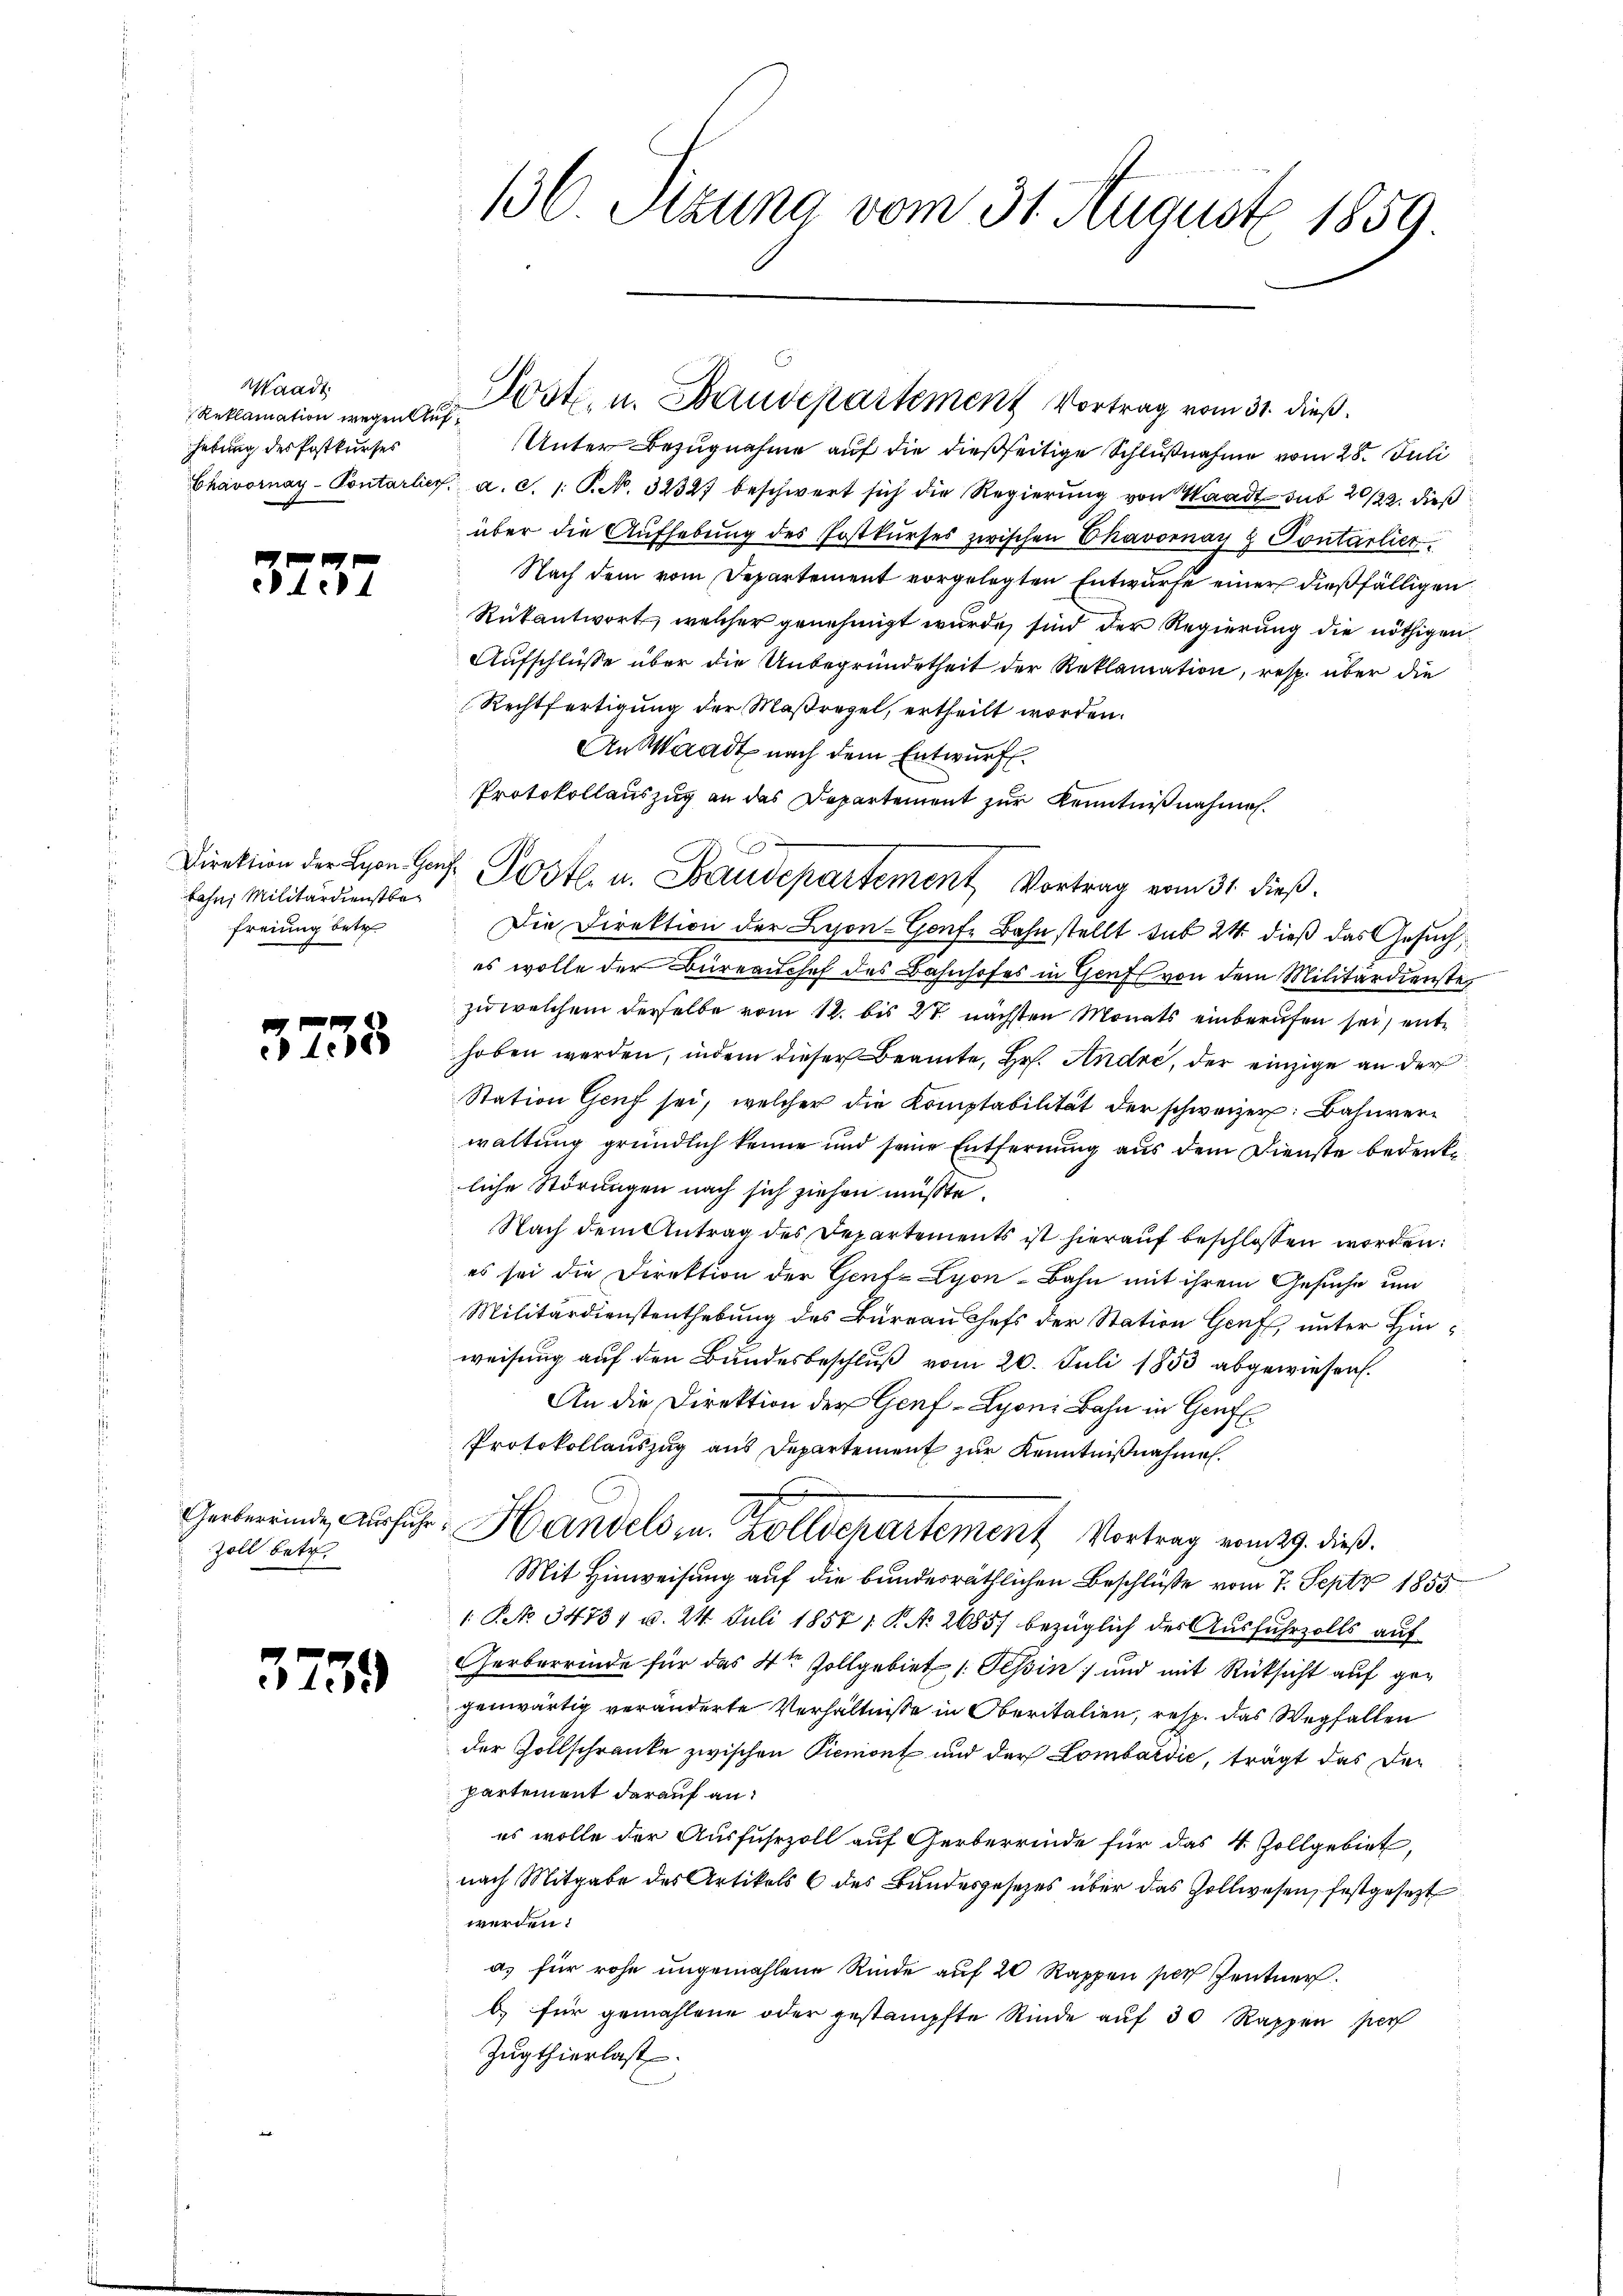
Waadt
Reklamation wegen Aufhebung des Postkurses

3737

Direktion der Lyon- Genfbahn, Militärdienstbefreiung betr.

3235

Gerbereinde Ausführ
Zoll betr.

3759

136. Sizung vom 31. August 1859.

Unter Bezugnahme auf die dießseitige Schlußnahme vom 28. Juli
Chavornay-Pontarlier. a. c. 1. P. N. 32327 beschwert sich die Regierŭng von Waadt sub 20/22. dieß
über die Aufhebung des Postkŭrses zwischen Chavornay & Pontarlier
Nach dem vom Departement vorgelegten Entwurfe einer dießfälligen
Rükantwort, welcher genehmigt wurde, sind der Regierung die nöthigen
Aufschlüsse über die Unbegründetheit der Reklamation, resp. über die
Rechtfertigung der Maßregel, ertheilt worden.
An Waadt nach dem Entwurf.
Protokollauszug an das Departement zur Kenntnißnahmen.
Die Direktion der Leon-Confe Bahn stellt sub 24 dieß das Gesuches wolle der Büreauchef des Bahnhofes in Genf von dem Militärdienste
zu welchem derselbe vom 12. bis 27 nächsten Monats einberufen sei, enthoben werden, indem dieser Beamte, Hr. Andre, der einzige an der
Station Genf sei, welcher die Komptabilität der schweizer: Bahnverwaltung gründlich kenne und seine Entfernung aus dem Dienste bedenkliche Störungen nach sich ziehen müßte.
Nach dem Antrag des Departements ist hierauf beschlossen worden:
es sei die Direktion der Gent= Lyon-Bahn mit ihrem Gesuche und
Militärdienstenthebung des Bureau chefs der Station Genf, unter Hinweisung auf den Bundesbeschluß vom 20. Juli 1853 abgewiesen.
An die Direktion der Genf -Lyoni Bahn in Genf
Protokollauszug aus Departement zur Kenntnißnahme.
Handels in Zolldepartement Vortrag vom 29. dieß.
Mit Hinweisung auf die bundesräthlichen Beschlüße vom 7. Septz 1855
1 R. 34731 u. 24. Juli 1857, P. No 2685/ bezüglich der Ausfuhrzolls auf
Gerberrinde für das 4ten Zollgebiet 1. Tessin und mit Rücksicht auf gegenwärtig veränderte Verhältnisse in Oberitalien, resp. das Wegfallen
der Zollschränke zwischen Piemont und der Lombardić, trägt das der
partement darauf an
es wolle der Ausfuhrzoll auf Gerberrinde für das 4. Zollgebiet,
nach Mitgabe des Artikels 6 des Bundesgesetzes über das Zollwesen, festgesezt
werden:
a) für rohe ungemahlene Rinde auf 20 Rappen per Zentner.
b) für gemahlene oder gestampfte Rinde auf 30 Rappen sech
Zugthierlast

Pöste. u. Baudepartement Vortrag vom 31. dieß.

Postl. u. Baudepartement Vortrag vom 31. dieß.